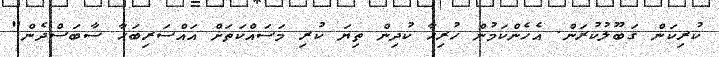
ކުރިކަން ގަބޫލުކުރަން. އެހެންކަމުން ހުރިހާ ކުދިން ތިޔަ ކުރި މަސައްކަތަށް އައްސަރިބަހާ ސާބަސްދެން"